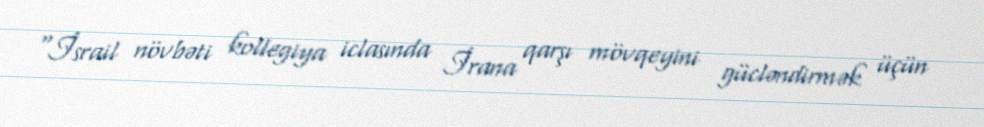
“İsrail növbəti kollegiya iclasında İrana qarşı mövqeyini gücləndirmək üçün